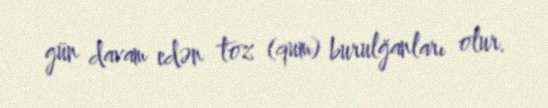
gün davam edən toz (qum) burulğanları olur.